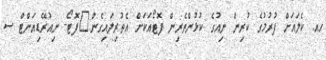
ހއ. ކެލައަށް ފުރުމުގެ ކުރިން ނިއުގެ ކުޅުންތެރިން ފޮޓޯއަކަށް އެތުރިލައިގެން:_ފޮޓޯ- ނިއުރޭޑިއަންޓް ސ